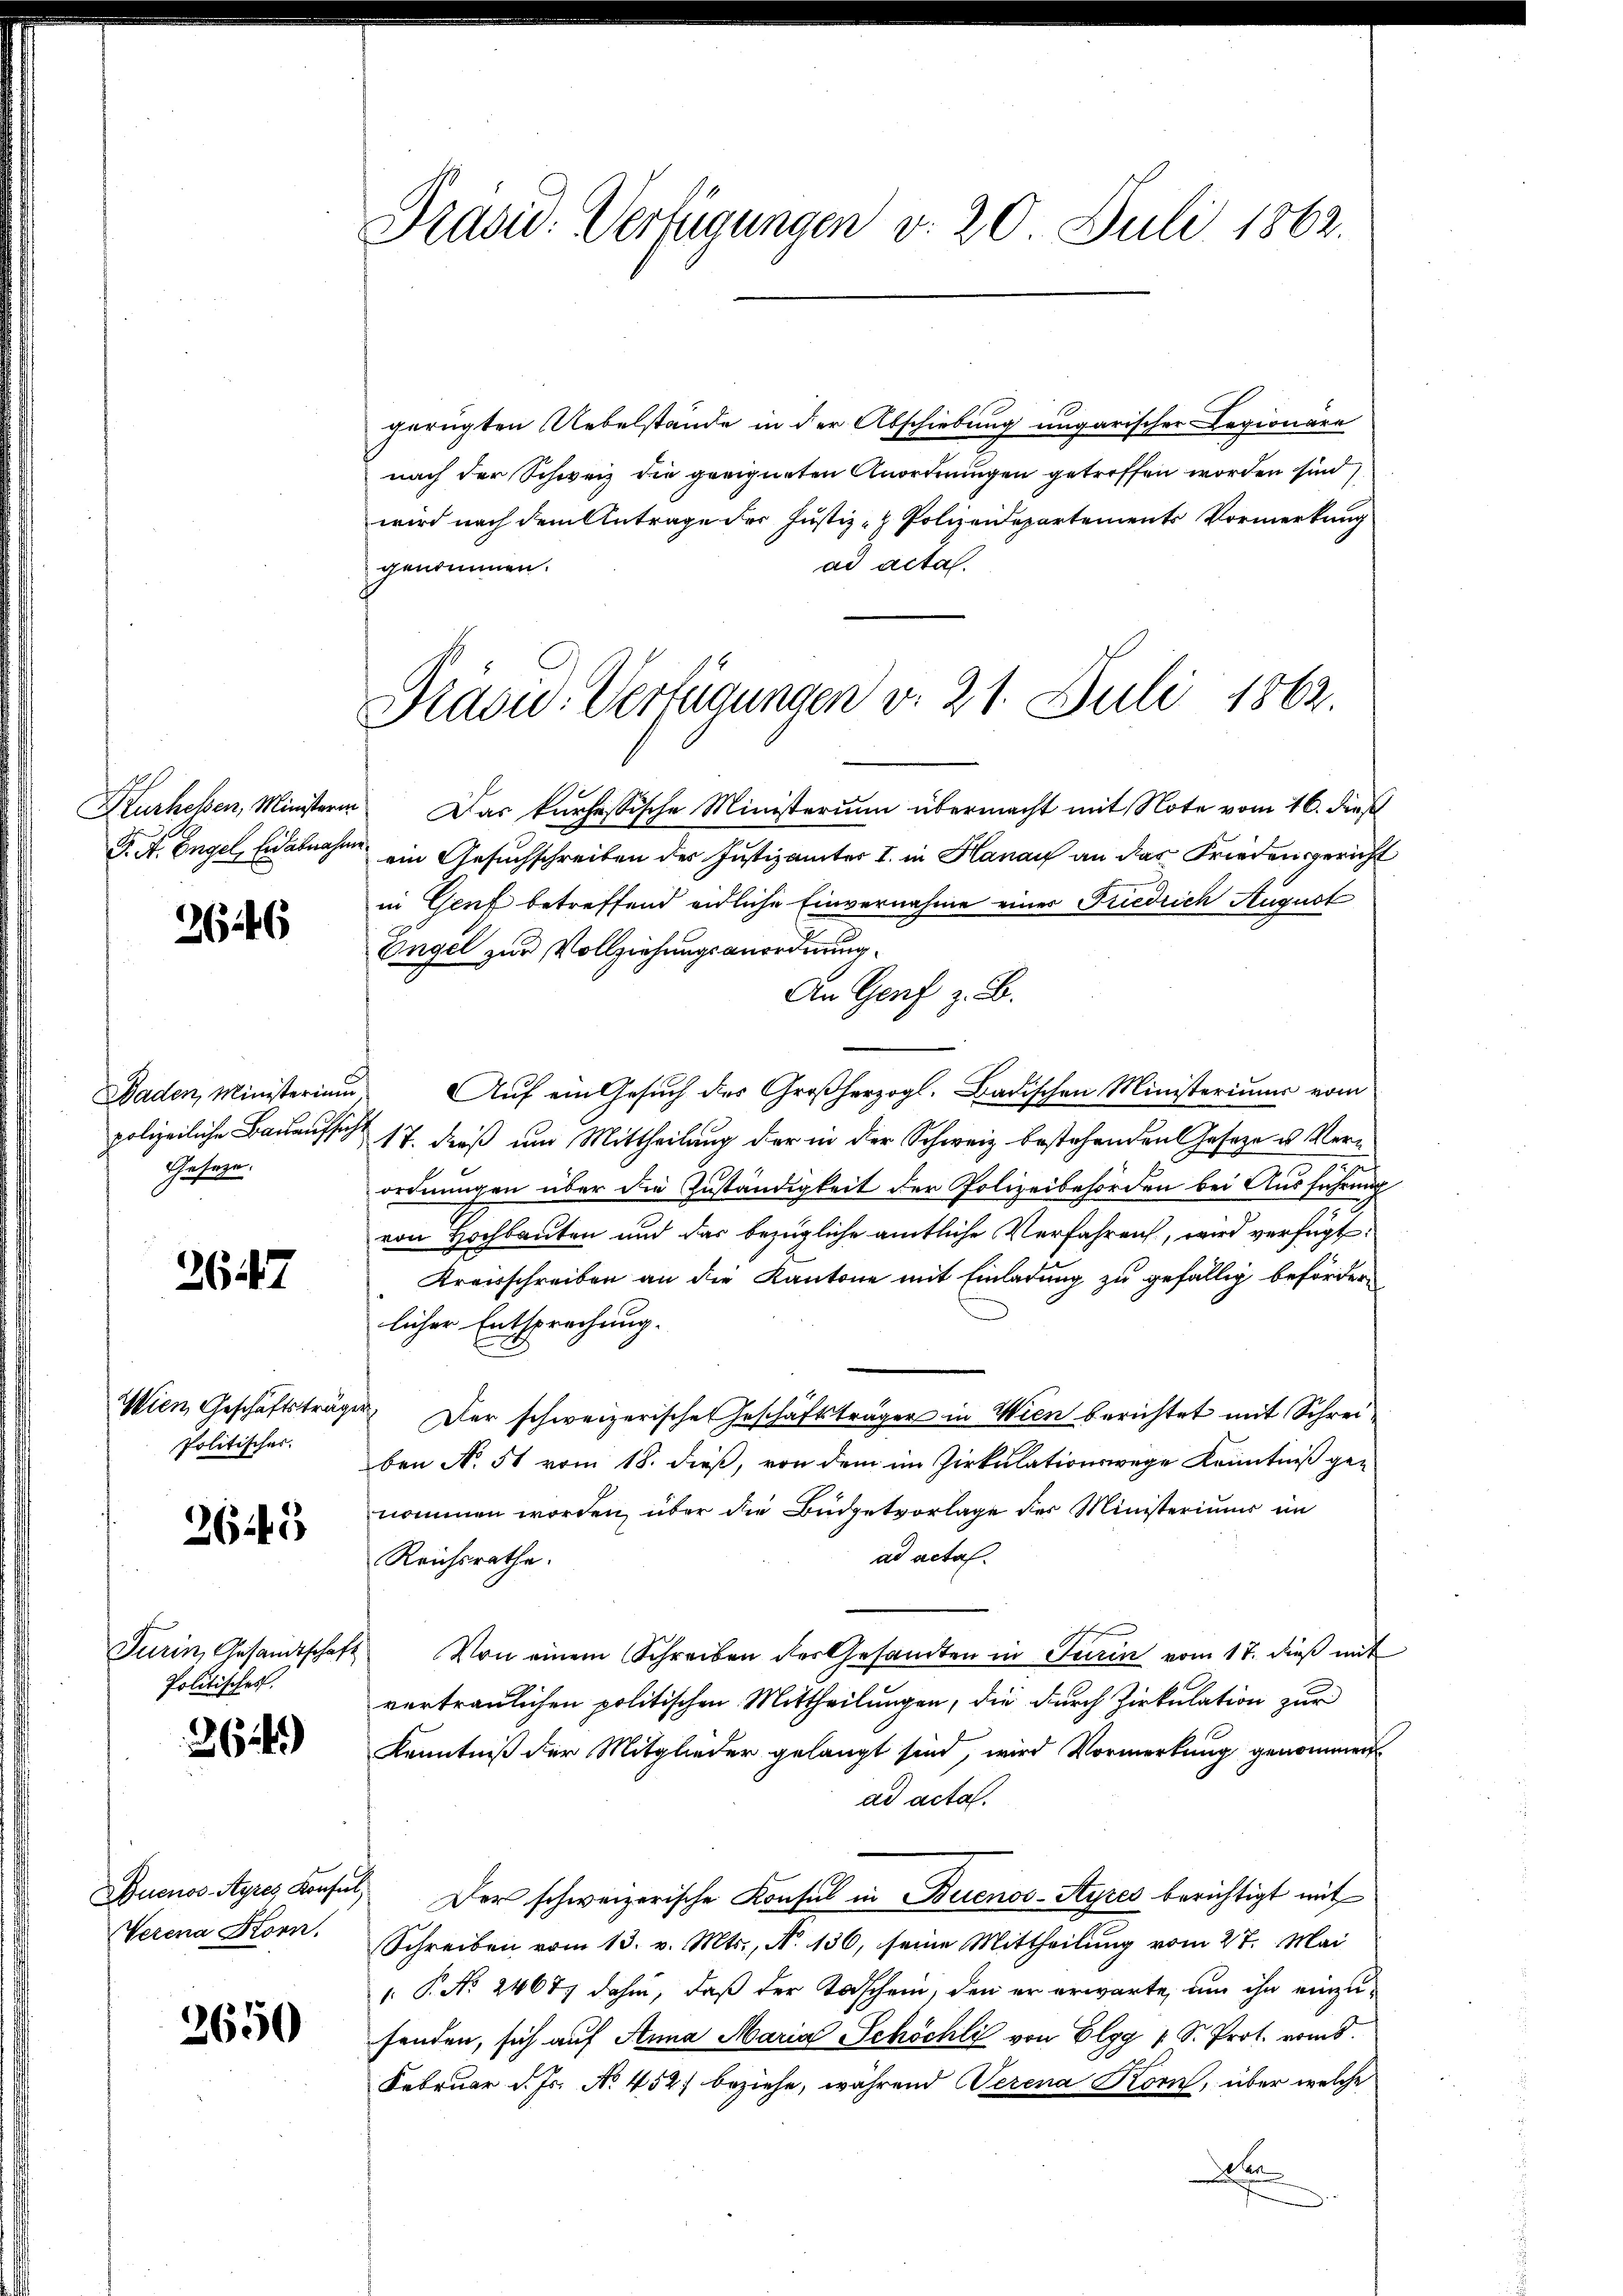
F. A. Engel, Eid abnahme

2646

polizeiliche Bauaufsich
Gesetze.

2647

Wien Geschäftsträg
Politisches.

265

Turin, Gesandtschaft
Politisches.

364)

Verena Korn,

3650

Präsid. Verfügungen v. 20. Juli 1862.

Prasw. Verfügungen v. 21. Juli 1862.

gerügten Uebelstände in der Abschiebung ungarischer Legionäre
nach der Schweiz die geeigneten Anordnungen getroffen worden sind
wird nach dem Antrage der Justiz- & Polizeidepartements Vormerkung
ad acta.
genommen.
Kurheben, Ministerin Das kurhessische Ministerium übermacht mit Note vom 16. dies
ein Gesuchschreiben der Justiz unter I. in Hanau an das Frieden gericht
in Genf betreffend eidliche Einvernahme einer Friedrich August
Engel zur Vollziehungsanordnung.
An Genf z. B.
Baden, Ministerium Auf ein Gesuch des Großherzogl. Badischen Ministeriums vom
17. dieß um Mittheilung der in der Schweiz bestehenden Geseze u. Verordnungen über die Zuständigkeit der Polizeibehörden bei Ausführung
von Hochbauten und das bezügliche amtliche Verfahren, wird verfügt:
Kreisschreiben an die Kantone mit Einladung zu gefällig beförder
licher Entsprechung.
 Der schweizerische Geschäftsträger in Wien berichtet mit Schreiben No. 51 vom 18. dieß, von dem im Zirkulationswege Kenntniß ge-
nommen worden, über die Büdgetvorlage der Ministeriums im
ad actal.
Reichsrathe.
Von einem Schreiben der Gesamten in Turin vom 17. dieß mit
vertraulichen politischen Mittheilungen, die durch Zirkulation zur
Kenntniß der Mitglieder gelangt sind, wird Vormerkung genommen
ad acta.
Buenos Ayres Konsul, Der schweizerische Konsul in Buenos-Ayres berichtigt mit
Schreiben vom 13. v. Mts., N. 136, seine Mittheilung vom 27. Mai
 P. Nr. 2467 dahin, daß der Todschein, den er erwarte, um ihn einzufenden, sich auf Anna Maria Schöchli von Elgg 1 S. Prot. vom 8.
Februar d. Js. No 452) beziehe, während Serena Korn, über welche